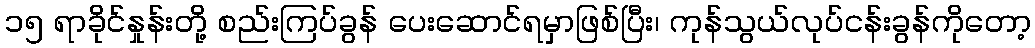
၁၅ ရာခိုင်နှုန်းတို့ စည်းကြပ်ခွန် ပေးဆောင်ရမှာဖြစ်ပြီး၊ ကုန်သွယ်လုပ်ငန်းခွန်ကိုတော့